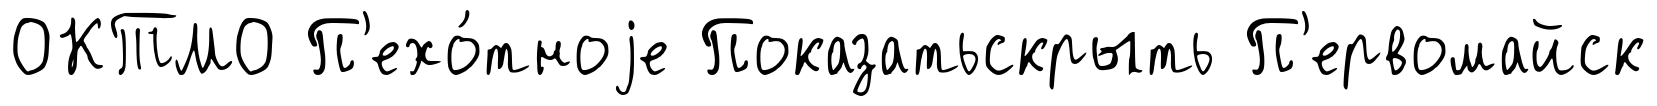
ОКТМО П'ехо́тноjе Показатьскрыть П'ервомайск